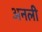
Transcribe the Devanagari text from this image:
अनली